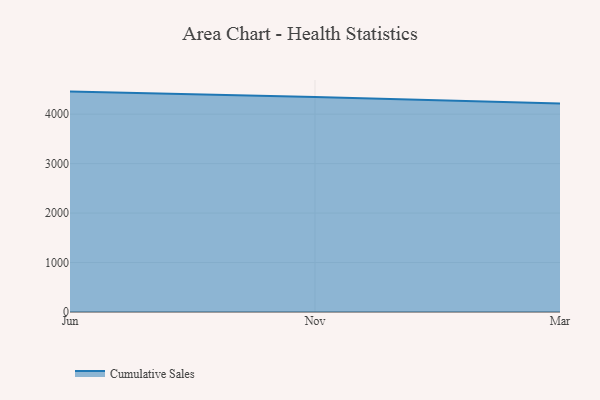
{"axis": {"x": "Month", "y": "Waste Production (Tons)"}, "legend": ["Cumulative Sales"], "data": [{"x": "Jun", "y": 4455.9, "type": "Cumulative Sales"}, {"x": "Nov", "y": 4347.3, "type": "Cumulative Sales"}, {"x": "Mar", "y": 4214.5, "type": "Cumulative Sales"}]}